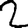
Digit: 2